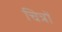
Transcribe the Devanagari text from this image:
चित्रोें